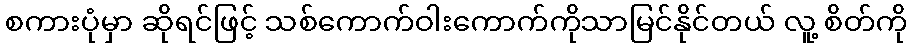
စကားပုံမှာ ဆိုရင်ဖြင့် သစ်ကောက်ဝါးကောက်ကိုသာမြင်နိုင်တယ် လူ့ စိတ်ကို